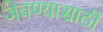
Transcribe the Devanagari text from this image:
जेवण्यासाठी